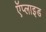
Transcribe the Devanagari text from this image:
ऍप्लाइड